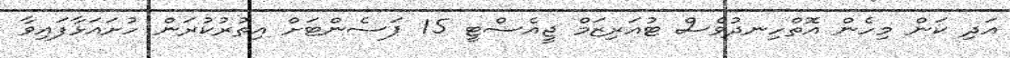
އަދި ކަން މިހެން އޮތްހިނދުވެސް ޓުއަރިޒަމް ޖީއެސްޓީ 15 ޕަސެންޓަށް އިތުރުކުރަން ހުށައަޅާފައިވާ